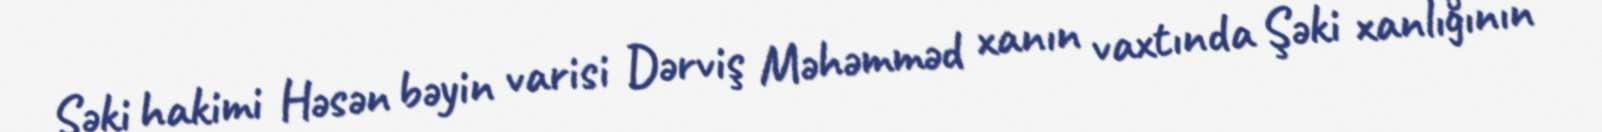
Şəki hakimi Həsən bəyin varisi Dərviş Məhəmməd xanın vaxtında Şəki xanlığının